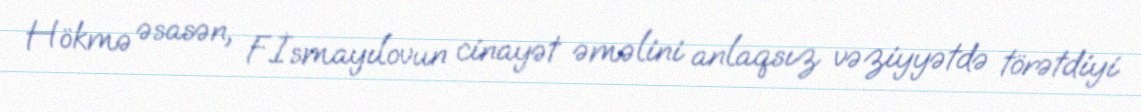
Hökmə əsasən, F.İsmayılovun cinayət əməlini anlaqsız vəziyyətdə törətdiyi